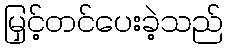
မြှင့်တင်ပေးခဲ့သည်